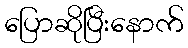
ပြောဆိုပြီးနောက်